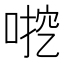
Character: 𫪶